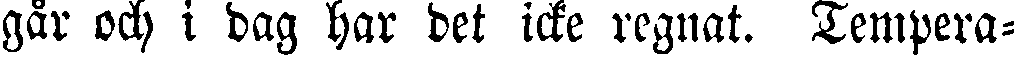
går och i dag har det icke regnat. Tempera-